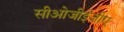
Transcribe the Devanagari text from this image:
सीओजीईजीए